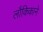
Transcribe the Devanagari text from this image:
लौकिकाने